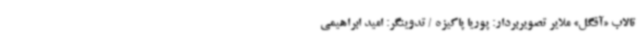
تالاب «آقگل» ملایر تصویربردار: پوریا پاکیزه / تدوینگر: امید ابراهیمی